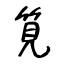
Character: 筧